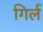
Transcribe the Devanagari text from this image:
गिर्ल